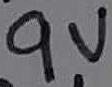
Text: 9V